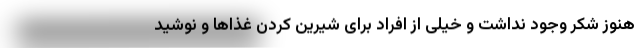
هنوز شکر وجود نداشت و خیلی از افراد برای شیرین کردن غذاها و نوشید